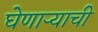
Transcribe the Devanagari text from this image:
घेणाऱ्याची